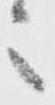
々